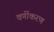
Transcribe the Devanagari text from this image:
वर्णीकरण